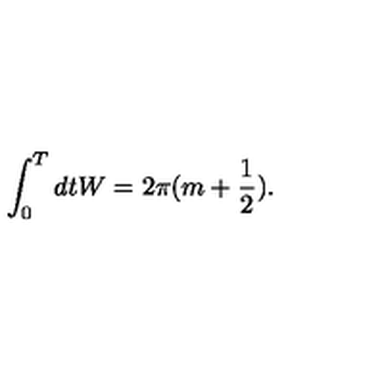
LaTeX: \int _ { 0 } ^ { T } d t W = 2 \pi ( m + \frac { 1 } { 2 } ) .